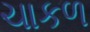
ચાકળ